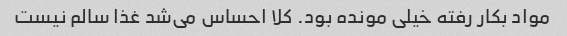
مواد بکار رفته خیلی مونده بود. کلا احساس می‌شد غذا سالم نیست